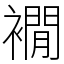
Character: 襉